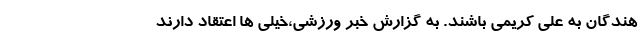
هندگان به علی کریمی باشند. به گزارش خبر ورزشی،خیلی ها اعتقاد دارند